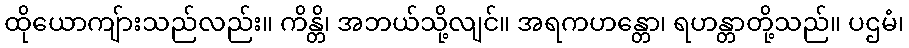
ထိုယောကျ်ားသည်လည်း။ ကိန္တိ၊ အဘယ်သို့လျင်။ အရကဟန္တော၊ ရဟန္တာတို့သည်။ ပဌမံ၊